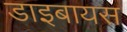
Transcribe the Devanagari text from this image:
डाइबायस